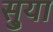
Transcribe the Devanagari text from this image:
सु्या